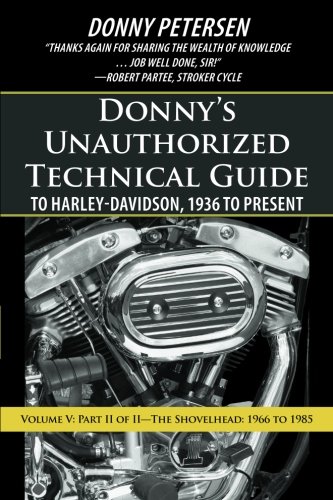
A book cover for DonnyEEs Unauthorized Technical Guide to Harley-Davidson, 1936 to Present: Volume V: Part II of IIEEThe Shovelhead: 1966 to 1985; Donny Petersen; Engineering & Transportation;